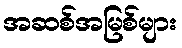
အဆစ်အမြစ်များ